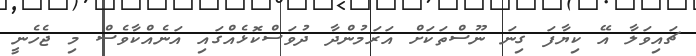
ޗައިވަލާ އޭ ކިޔާފަ ގިނަ ނޫސްތަކަށް އަރަމުންދާ ދުވަސްކޮޅެއްގައި އަނެއްކާވެސް މި ޖެހެނީ